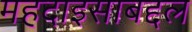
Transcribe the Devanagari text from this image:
महदाइसाबद्दल